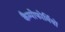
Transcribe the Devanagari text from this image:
कैम्पोफोर्मियों